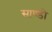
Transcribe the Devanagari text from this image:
साण्‍डी